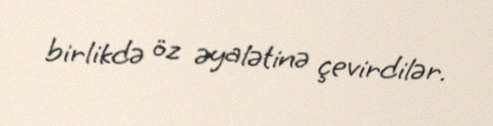
birlikdə öz əyalətinə çevirdilər.